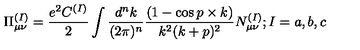
\Pi _ { \mu \nu } ^ { ( I ) } = { \frac { e ^ { 2 } C ^ { ( I ) } } { 2 } } \int { \frac { d ^ { n } k } { ( 2 \pi ) ^ { n } } } { \frac { ( 1 - \cos p \times k ) } { k ^ { 2 } ( k + p ) ^ { 2 } } } N _ { \mu \nu } ^ { ( I ) } ; I = a , b , c